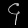
Digit: ၄